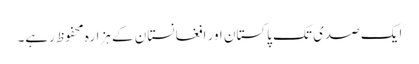
ایک صدی تک پاکستان اور افغانستان کے ہزارہ محفوظ رہے۔